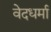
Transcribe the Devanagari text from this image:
वेदधर्मा